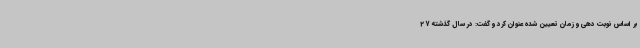
بر اساس نوبت دهی و زمان تعیین شده عنوان کرد و گفت: در سال گذشته 27